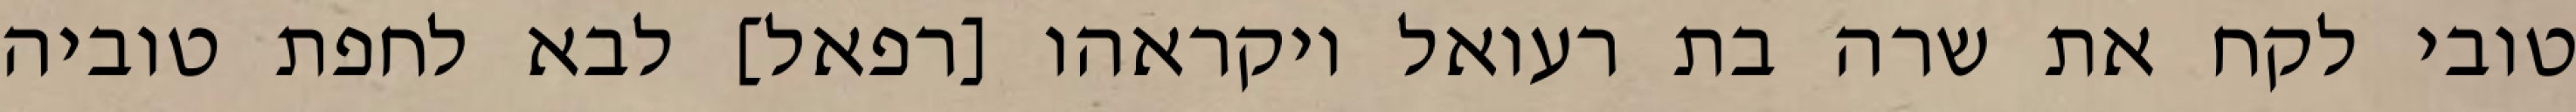
טובי לקח את שרה בת רעואל ויקראהו [רפאל] לבא לחפת טוביה